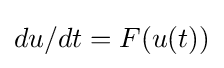
{du}/{dt}=F(u(t))